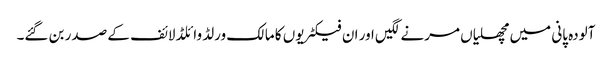
آلودہ پانی میں مچھلیاں مرنے لگیں اور ان فیکٹریوں کا مالک ورلڈ وائلڈ لائف کے صدر بن گئے۔